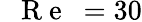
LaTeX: \mathrm{~\textit~{~R~e~}~}=30